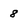
Character: 8